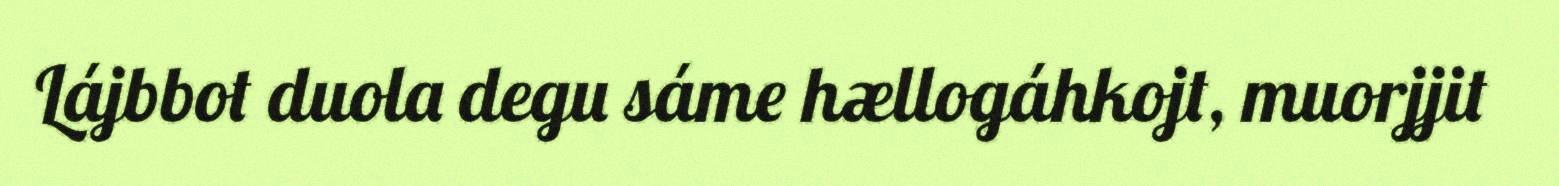
Lájbbot duola degu sáme hællogáhkojt, muorjjit